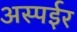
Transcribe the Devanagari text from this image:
अस्पईर